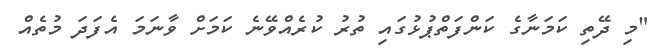
"މި ދޭތި ކަމަނާގެ ކަންފަތްޕުޅުގައި ތުރު ކުރެއްވޭނެ ކަމަށް ވާނަމަ އެފަދަ މުތެއް